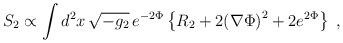
LaTeX: \begin{align*}S_2\propto\int d^2x\,\sqrt{-g_2}\,e^{-2\Phi}\left\{R_2+2{\left(\nabla\Phi\right)}^2+2e^{2\Phi}\right\}\;,\end{align*}